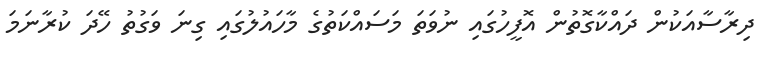
ދިރާސާއަކުން ދައްކާގޮތުން އޮފީހުގައި ނުވަތަ މަސައްކަތުގެ މާހައުލުގައި ގިނަ ވަގުތު ހޭދަ ކުރާނަމަ